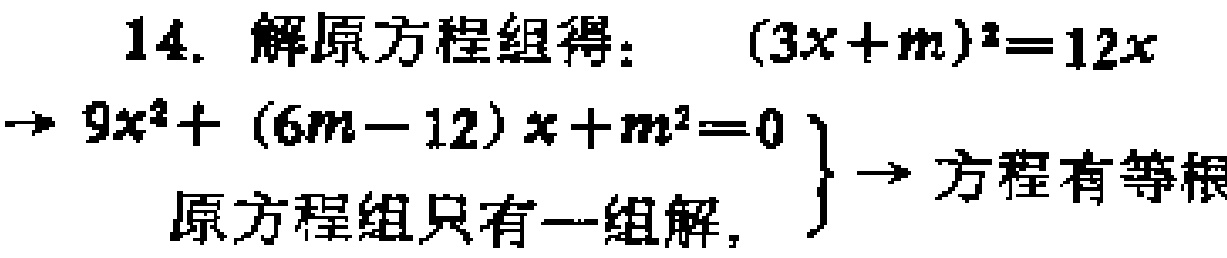
14. 解原方程组得：
\((3x + m)^2 = 12x\)
\(\rightarrow 9x^2+(6m - 12)x + m^2 = 0\)
\(\left.\begin{array}{l} \\ \text{原方程组只有一组解，} \end{array}\right\}\rightarrow\text{方程有等根}\)